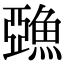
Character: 𩸇